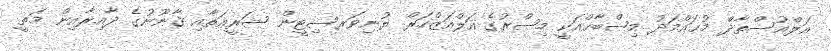
އަލްއުސްތާޛް މުޙައްމަދު މިޞްބާޙްއަކީ މިޞްރުގެ އަލްއަޒްހަރް ޔުނިވަރސިޓީން ޝަރީޢަތާއި ޤާނޫނުގެ ދާއިރާއިން މަތީ